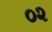
૦૨